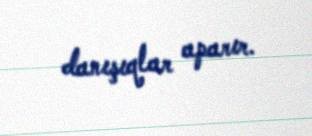
danışıqlar aparır.